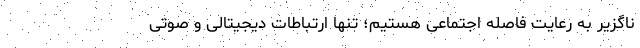
ناگزیر به رعایت فاصله اجتماعی هستیم؛ تنها ارتباطات دیجیتالی و صوتی